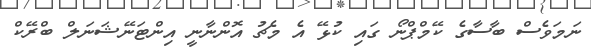
ނަމަވެސް ބާސާގެ ކޭމްޕްނޯ ގައި ކުޅޭ އެ މެޗު އޮންނާނީ އިންޓަނޭޝަނަލް ބްރޭކް